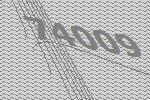
74009